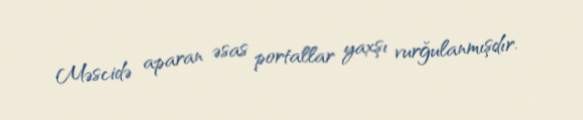
Məscidə aparan əsas portallar yaxşı vurğulanmışdır.